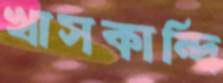
খাসকান্দি